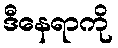
ဒီနေရာကို